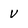
Character: v